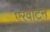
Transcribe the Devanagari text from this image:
एरवॉर्टन